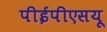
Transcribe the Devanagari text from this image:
पीईपीएसयू